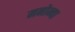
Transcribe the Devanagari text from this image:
मनोन्वा